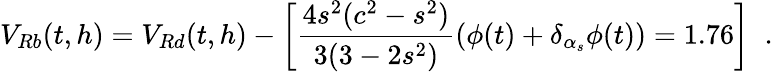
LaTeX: V_{Rb}(t,h)=V_{Rd}(t,h)-\left[\frac{4s^{2}(c^{2}-s^{2})}{3(3-2s^{2})}(\phi(t)+\delta_{\alpha_{s}}\phi(t))=1.76\right]\; \; .